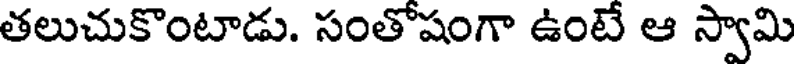
తలుచుకొంటాడు. సంతోషంగా ఉంటే ఆ స్వామి